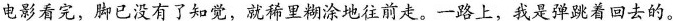
电影看完，脚已没有了知觉，就稀里糊涂地往前走。一路上，我是弹跳着回去的。